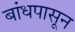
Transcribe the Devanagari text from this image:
बांधपासून